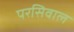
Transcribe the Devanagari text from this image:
परसिवाल